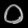
Digit: ၀